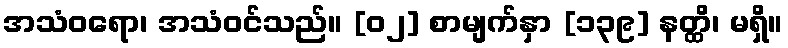
အသံဝရော၊ အသံဝင်သည်။ [၀၂] စာမျက်နှာ [၁၃၉] နတ္ထိ၊ မရှိ။